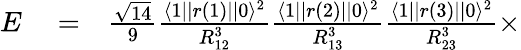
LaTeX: \begin{array}{rlr}{E}&{{}=}&{\frac{\sqrt{14}}{9}\frac{\langle 1||r(1)||0\rangle^{2}}{R_{12}^{3}}\frac{\langle 1||r(2)||0\rangle^{2}}{R_{13}^{3}}\frac{\langle 1||r(3)||0\rangle^{2}}{R_{23}^{3}}\times}\end{array}